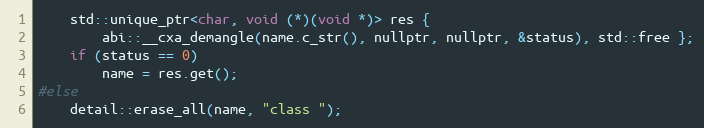
Language: C
    std::unique_ptr<char, void (*)(void *)> res {
        abi::__cxa_demangle(name.c_str(), nullptr, nullptr, &status), std::free };
    if (status == 0)
        name = res.get();
#else
    detail::erase_all(name, "class ");